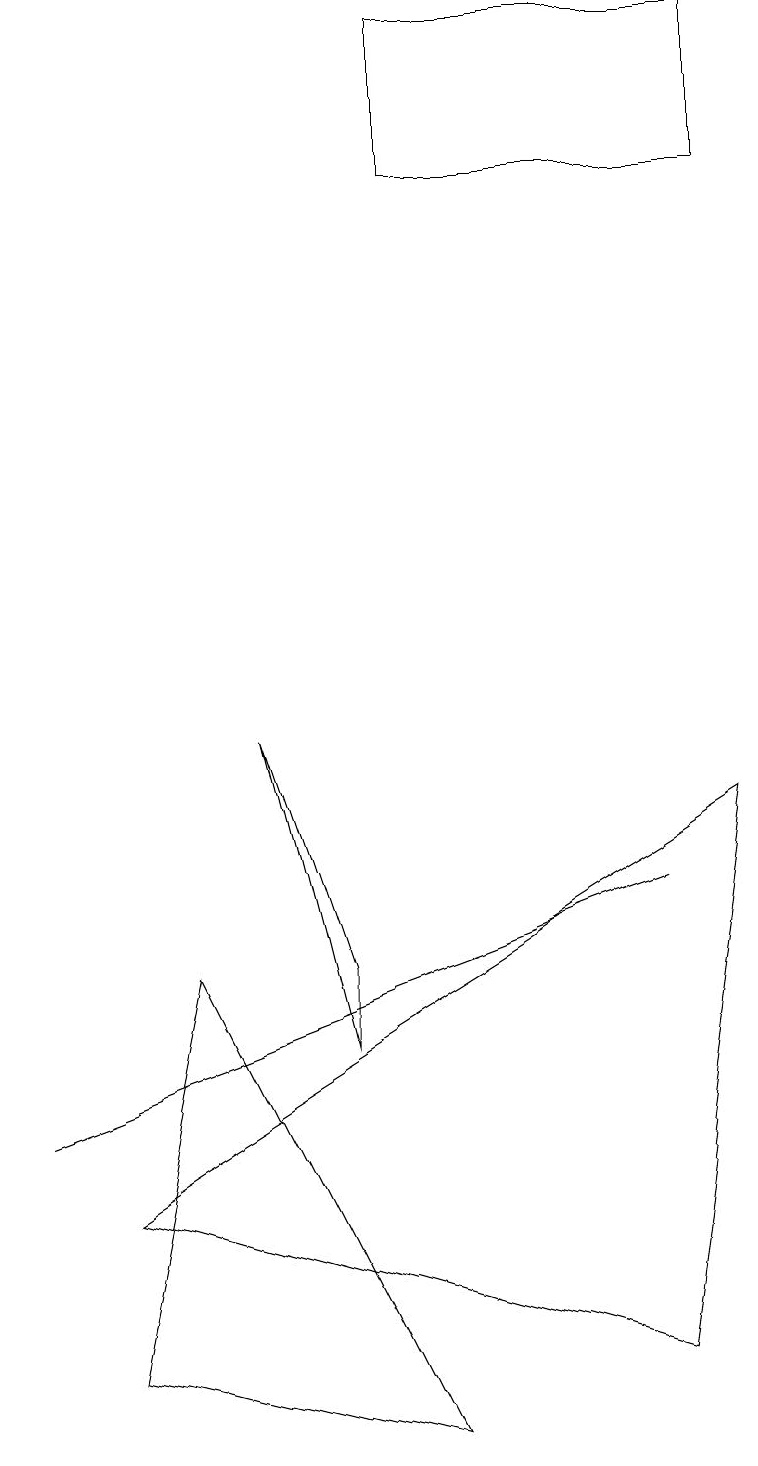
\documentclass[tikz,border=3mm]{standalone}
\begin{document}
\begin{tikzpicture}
\draw (2,6) -- (1,1) -- (5,0) -- cycle;
\draw (1,3) -- (8,1) -- (9,8) -- cycle;
\draw (0,4) -- (0,4) -- (8,7) -- cycle;
\draw (3,9) -- (4,5) -- (4,6) -- cycle;
\draw (5,16) rectangle (9,18);
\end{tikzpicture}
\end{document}